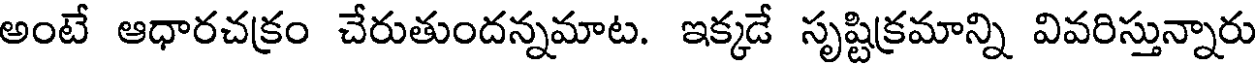
అంటే ఆధారచక్రం చేరుతుందన్నమాట. ఇక్కడే సృష్టిక్రమాన్ని వివరిస్తున్నారు